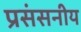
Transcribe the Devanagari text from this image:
प्रसंसनीय